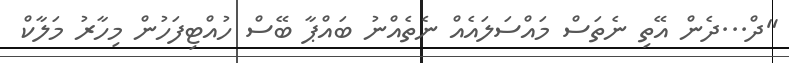
"ދް...ދެން އޭތި ނެތަސް މައްސަލައެއް ނެތެއްނު ބައްޕާ ބޭސް ހުއްޓިފަހުން މިހާރު މަލާކް